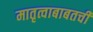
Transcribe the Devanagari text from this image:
मातृत्वाबाबतची